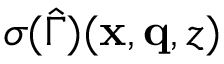
\sigma ( \hat { \Gamma } ) ( \mathbf { x } , \mathbf { q } , z )